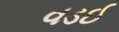
વડઈ